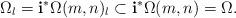
LaTeX: \begin{align*}\Omega_l=\mathbf i^*\Omega(m,n)_l\subset\mathbf i^*\Omega(m,n)=\Omega.\end{align*}